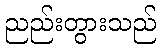
ညည်းတွားသည်